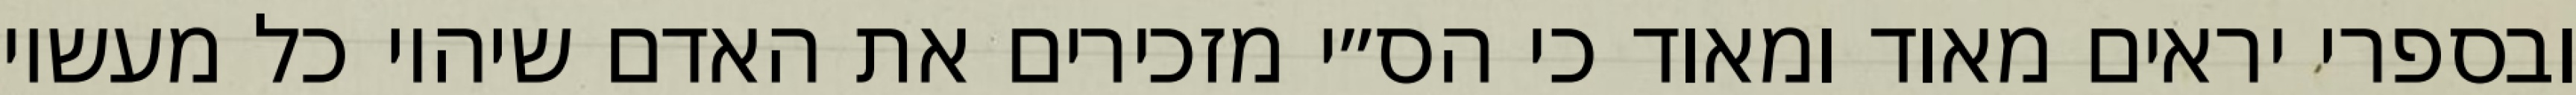
ובספרי יראים מאוד ומאוד כי הס״י מזכירים את האדם שיהיו כל מעשיו